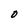
Character: O